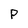
Character: p